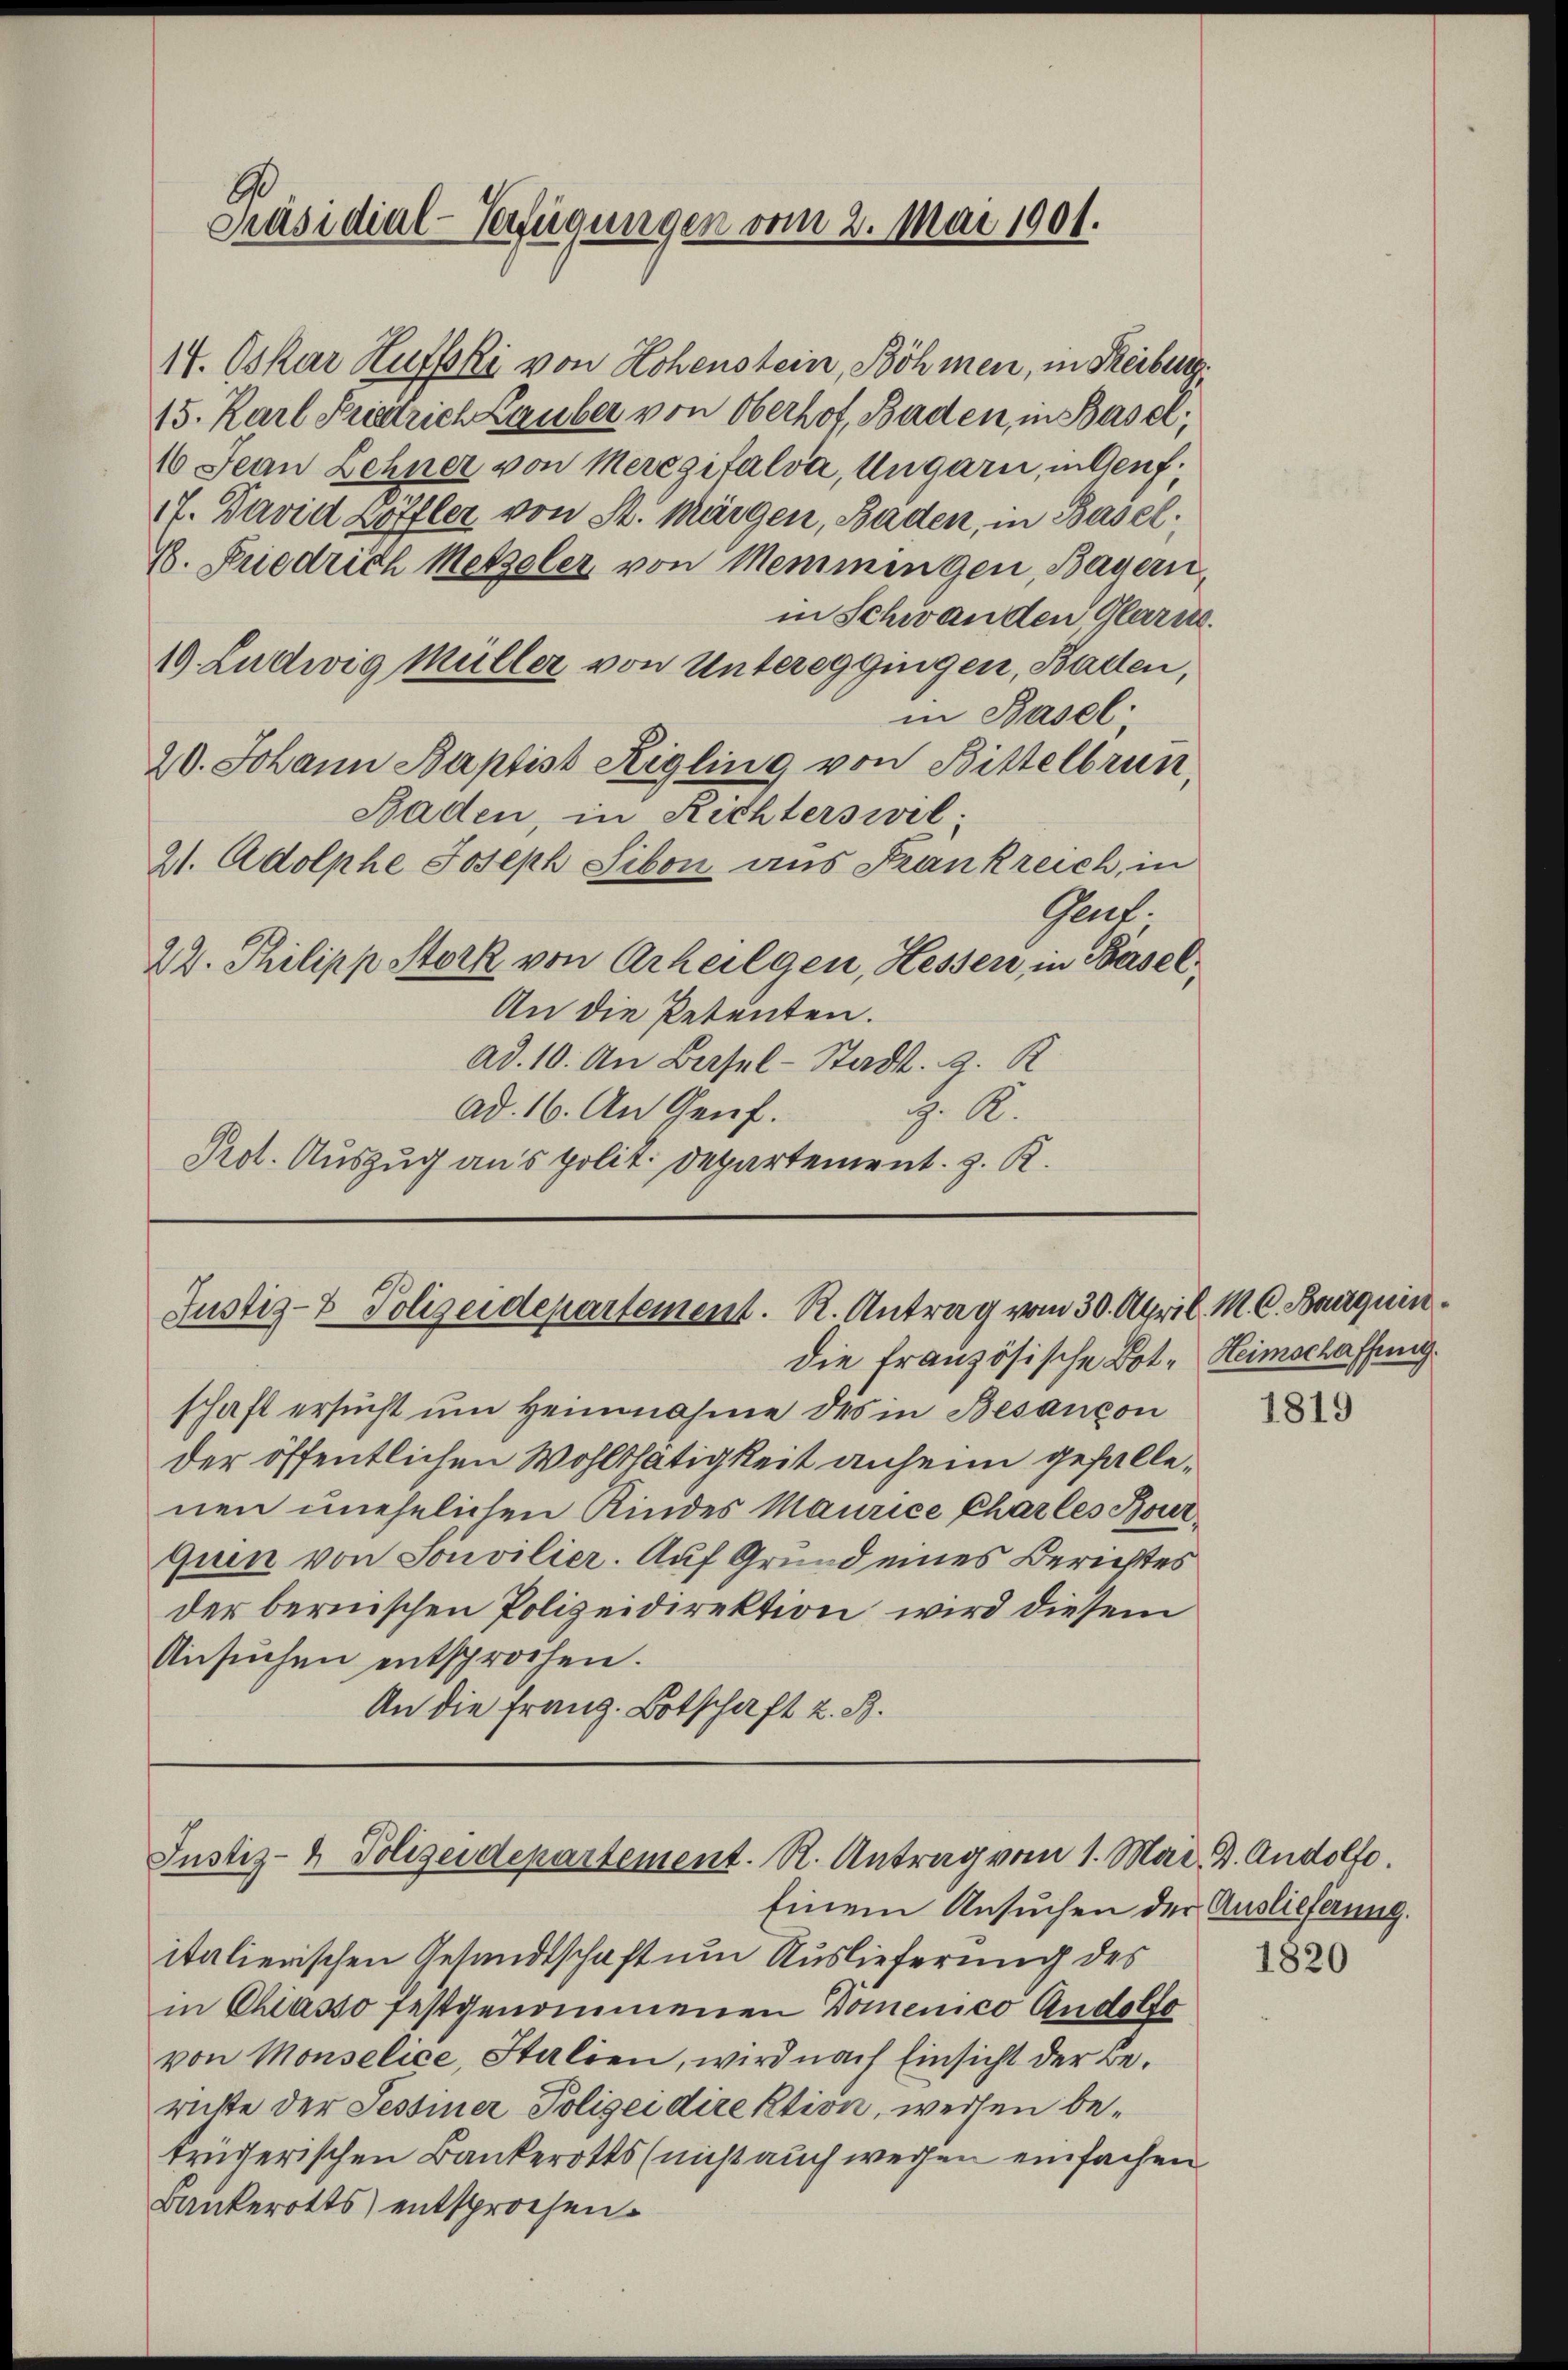
Präsidial-Verfügungen vom 2. Mai 1901.

14. Oskar Huffski von Hohenstein, Böhmen, in Reiburg.
15. Karl Friedrich Lauber von Oberhof, Baden, in Basel,
10 Jean Lehner von Meregifalva, Ungarn, in Genf.
17. David Löffler von St. Margen, Baden, in Basel.
B. Friedrich Metzeler von Memmingen, Bayern,
19. Ludwig Müller von Untereggingen, Baden,
20. Johann Baptist Rigling von Bittelbrun
Baden, in Richterswel
21. Adolphe Joseph Sibon aus Frankreich, in
22. Philipp Stork von Arheilgen, Hessen, in Basel,
An die Petenten.
ad. 10. An Basel-Stadt. 9. R
ad. 16. An Genf.
. A.
Prot. Auszug aus polit. Departement. z. K.

Justiz- & Polizeidepartement. R. Antrag vom 30. Apri

die französische Bote Heimschaffung.
schaft ersucht um Heinnahme des in Besançon
der öffentlichen Wohlthätigkeit anheim gefallenen unehelichen Kindes Maurice Charles Bourquen von Sonvilier. Auf Grund eines Berichtes
der bernischen Polizeidirektion wird diesem
Ansuchen entsprochen.
An die franz. Botschaft z. B.

in Schwanden Glarus.
in Basel
Glach.

Justiz- & Polizeidepartement. R. Antrag vom 1. Mai. B. Andolle.

Einem Ansuchen der Auslieferung.
italierischen Gesandtschaft um Auslieferung des
in Chiasso festgenommenen Domenico Andelfo
von Monselice, Italien, wird nach Einsicht der Berichte der Sessiner Polizeidirektion, weisen betrügerischen Bankerotts (nicht auch wegen einfachen
Bankerotts entsprochen.

M. C. Bourquin

1819

1820